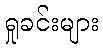
ရှုခင်းများ